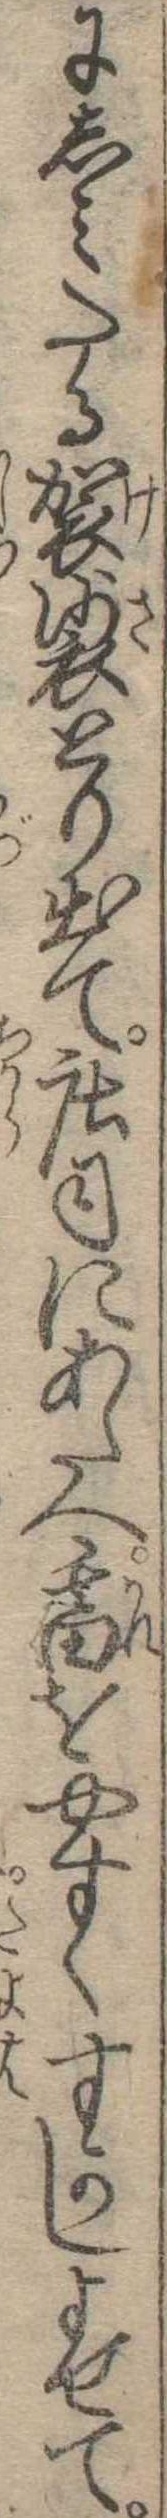
にしみたる袈裟とり出て荘司にあたへ畜やすくすかしよせて